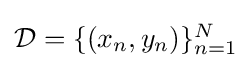
\textstyle {\mathcal {D}}=\{(x_{n},y_{n})\}_{n=1}^{N}